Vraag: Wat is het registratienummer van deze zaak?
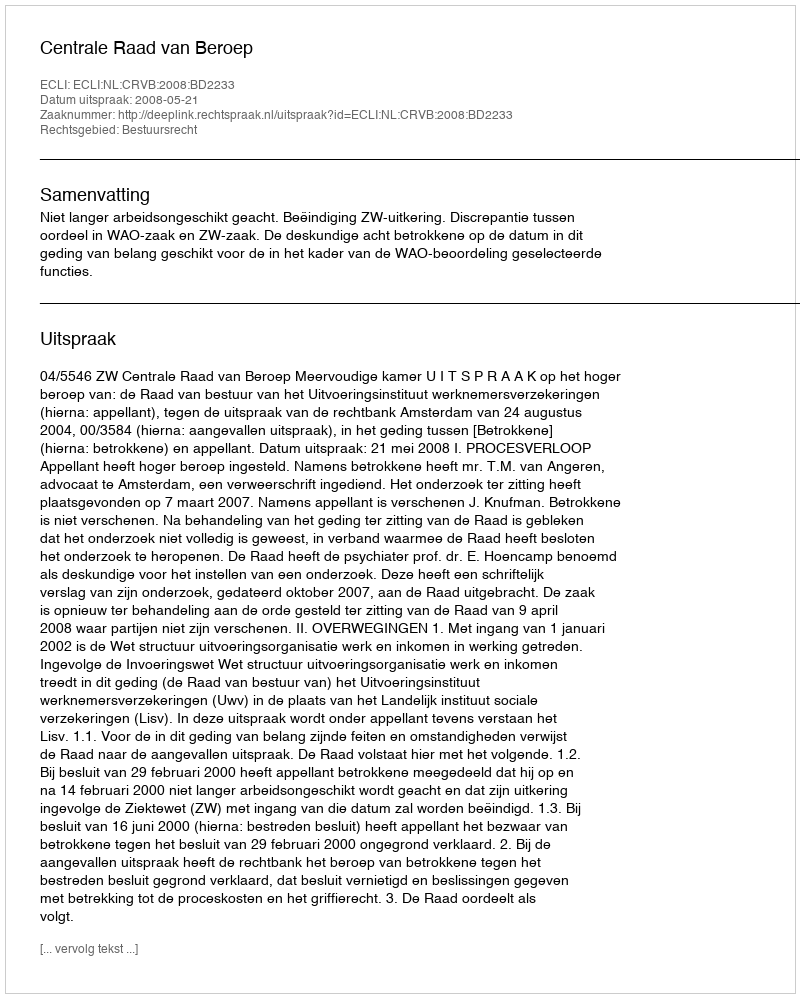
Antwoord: http://deeplink.rechtspraak.nl/uitspraak?id=ECLI:NL:CRVB:2008:BD2233